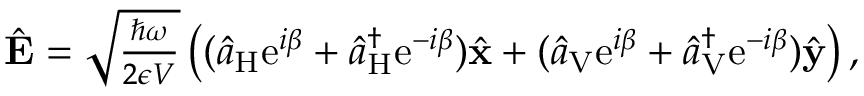
\begin{array} { r } { \hat { \bf E } = \sqrt { \frac { \hbar \omega } { 2 \epsilon V } } \left( ( \hat { a } _ { \mathrm { H } } \mathrm { e } ^ { i \beta } + \hat { a } _ { \mathrm { H } } ^ { \dagger } \mathrm { e } ^ { - i \beta } ) \hat { \bf x } + ( \hat { a } _ { \mathrm { V } } \mathrm { e } ^ { i \beta } + \hat { a } _ { \mathrm { V } } ^ { \dagger } \mathrm { e } ^ { - i \beta } ) \hat { \bf y } \right) , } \end{array}